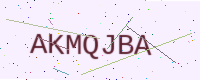
Text: AKMQJBA